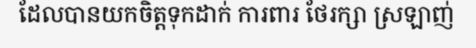
ដែលបានយកចិត្តទុកដាក់ ការពារ ថែរក្សា ស្រឡាញ់